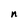
Character: n